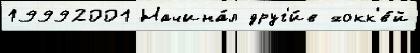
19992001 Начина́л друг'и́е хокк'е́й